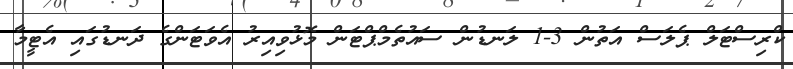
ކްރިސްޓަލް ޕެލަސް އަތުން 3-1 ލަނޑުން ސައުތެމްޕްޓަން މޮޅުވިއިރު އެވަޓަންގެ ދަނޑުގައި އެޓީމާ